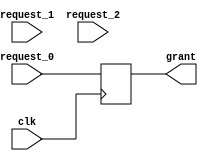
module weighted_arbiter(
    input wire clk,
    input wire [3:0] request_0,
    input wire [3:0] request_1,
    input wire [3:0] request_2,
    output reg [3:0] grant
);

reg [7:0] weights [2:0];
reg [2:0] highest_weighted_input;

always @ (posedge clk) begin
    // Assign weights based on priority level
    weights[0] = 4'b1000; // Highest priority
    weights[1] = 4'b0100; // Medium priority
    weights[2] = 4'b0010; // Lowest priority

    // Determine highest weighted input
    if (weights[0] > weights[1] && weights[0] > weights[2])
        highest_weighted_input = 3'b000;
    else if (weights[1] > weights[0] && weights[1] > weights[2])
        highest_weighted_input = 3'b001;
    else
        highest_weighted_input = 3'b010;
    
    // Grant access to the shared resource
    case(highest_weighted_input)
        3'b000: grant = request_0;
        3'b001: grant = request_1;
        3'b010: grant = request_2;
    endcase
end

endmodule